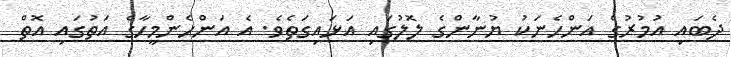
ދެބައި އުމުރުގެ އަންހެނަކު ޔުނާންގެ ލޮލުގައި އަޅައިގަތެވެ. އެ އަންހެންމީހާގެ އަތުގައި އޮތް